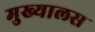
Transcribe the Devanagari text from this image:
मुख्यालस